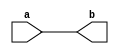
module autoinst_ifdef_fredrickson_200503_sub
  (input       a,
`ifdef TEST
   input       c,
   output wire d,
`endif
   output wire b
   );
   
   assign b = a;
`ifdef TEST
   assign d = c;
`endif
   
endmodule